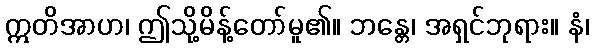
ဣတိအာဟ၊ ဤသို့မိန့်တော်မူ၏။ ဘန္တေ၊ အရှင်ဘုရား။ နံ၊